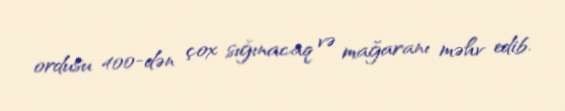
ordusu 400-dən çox sığınacaq və mağaranı məhv edib.